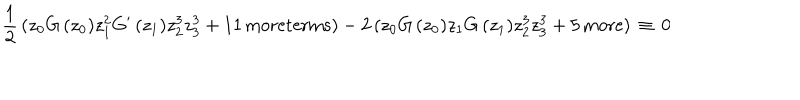
\frac { 1 } { 2 } \, ( z _ { 0 } G \, ( z _ { 0 } ) z _ { 1 } ^ { 2 } G ^ { \prime } \, ( z _ { 1 } ) z _ { 2 } ^ { 3 } z _ { 3 } ^ { 3 } + 1 1 \, \mathrm { m o r e t e r m s } ) - 2 \, ( z _ { 0 } G \, ( z _ { 0 } ) z _ { 1 } G \, ( z _ { 1 } ) z _ { 2 } ^ { 3 } z _ { 3 } ^ { 3 } + 5 \, \mathrm { m o r e } ) \, \equiv \, 0